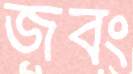
জবং